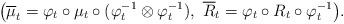
LaTeX: \begin{align*}\big( \overline{\mu}_t = \varphi_t \circ \mu_t \circ (\varphi_t^{-1} \otimes \varphi_t^{-1}), ~ \overline{R}_t = \varphi_t \circ R_t \circ \varphi_t^{-1} \big).\end{align*}